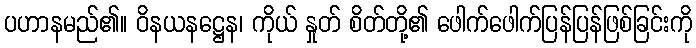
ပဟာနမည်၏။ ဝိနယနဋ္ဌေန၊ ကိုယ် နှုတ် စိတ်တို့၏ ဖေါက်ဖေါက်ပြန်ပြန်ဖြစ်ခြင်းကို